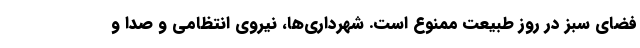
فضای سبز در روز طبیعت ممنوع است. شهرداری‌ها، نیروی انتظامی و صدا و